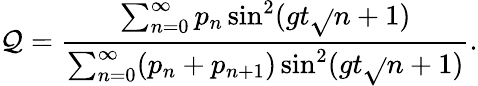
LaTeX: \mathcal{Q}=\frac{{\sum_{n=0}^{\infty}p_{n}\sin^{2}(gt\sqrt{}{{n+1}})}}{{\sum_{n=0}^{\infty}(p_{n}+p_{n+1})\sin^{2}(gt\sqrt{}{{n+1}})}}.